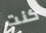
كنت